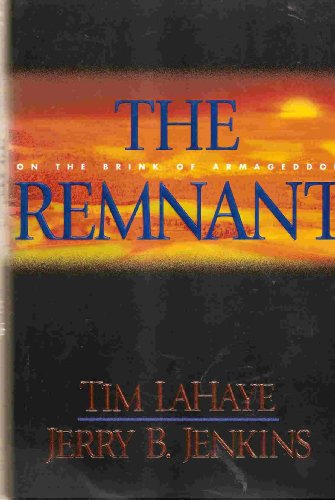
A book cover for The Remnant - On The Brink Of Armageddon - The Continuing Drama Of Those Left Behind, Book 10; Tim; Jenkins, Jerry B. Lahaye; Religion & Spirituality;